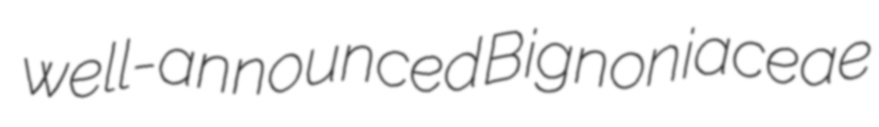
well-announced Bignoniaceae